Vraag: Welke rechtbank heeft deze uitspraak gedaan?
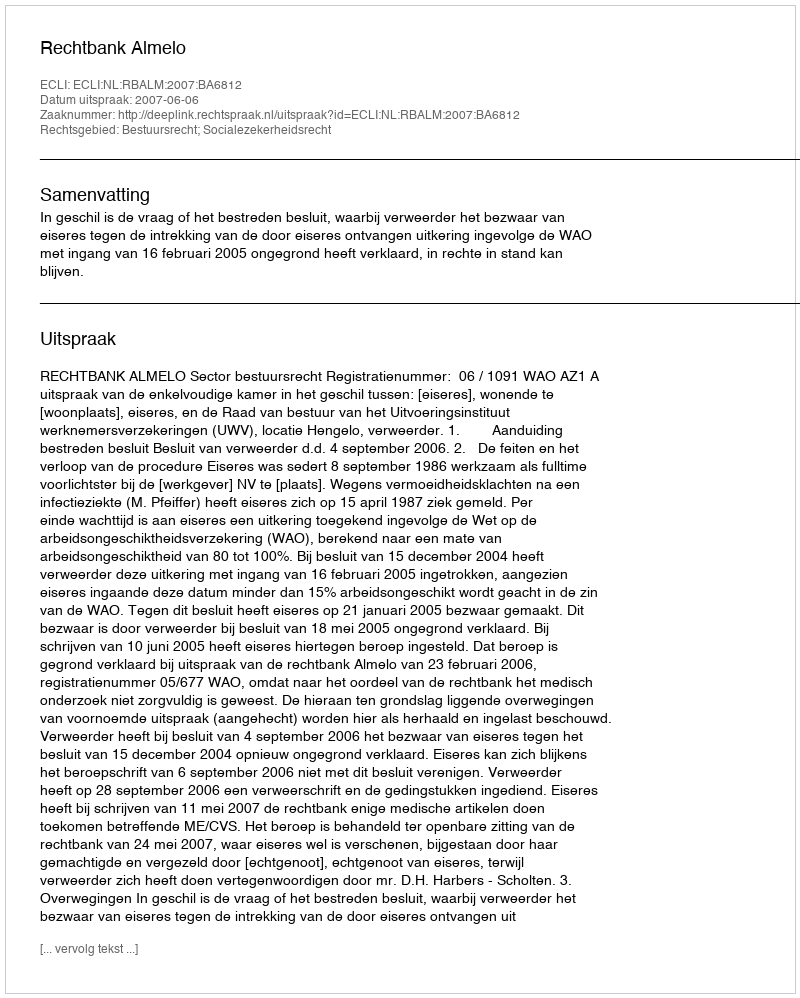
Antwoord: Rechtbank Almelo